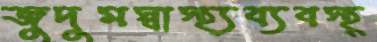
জুদুমস্বাস্থ্যব্যবস্থ্